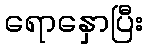
ရောနှောပြီး